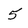
Character: 5